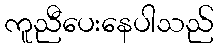
ကူညီပေးနေပါသည်